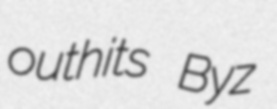
outhits Byz